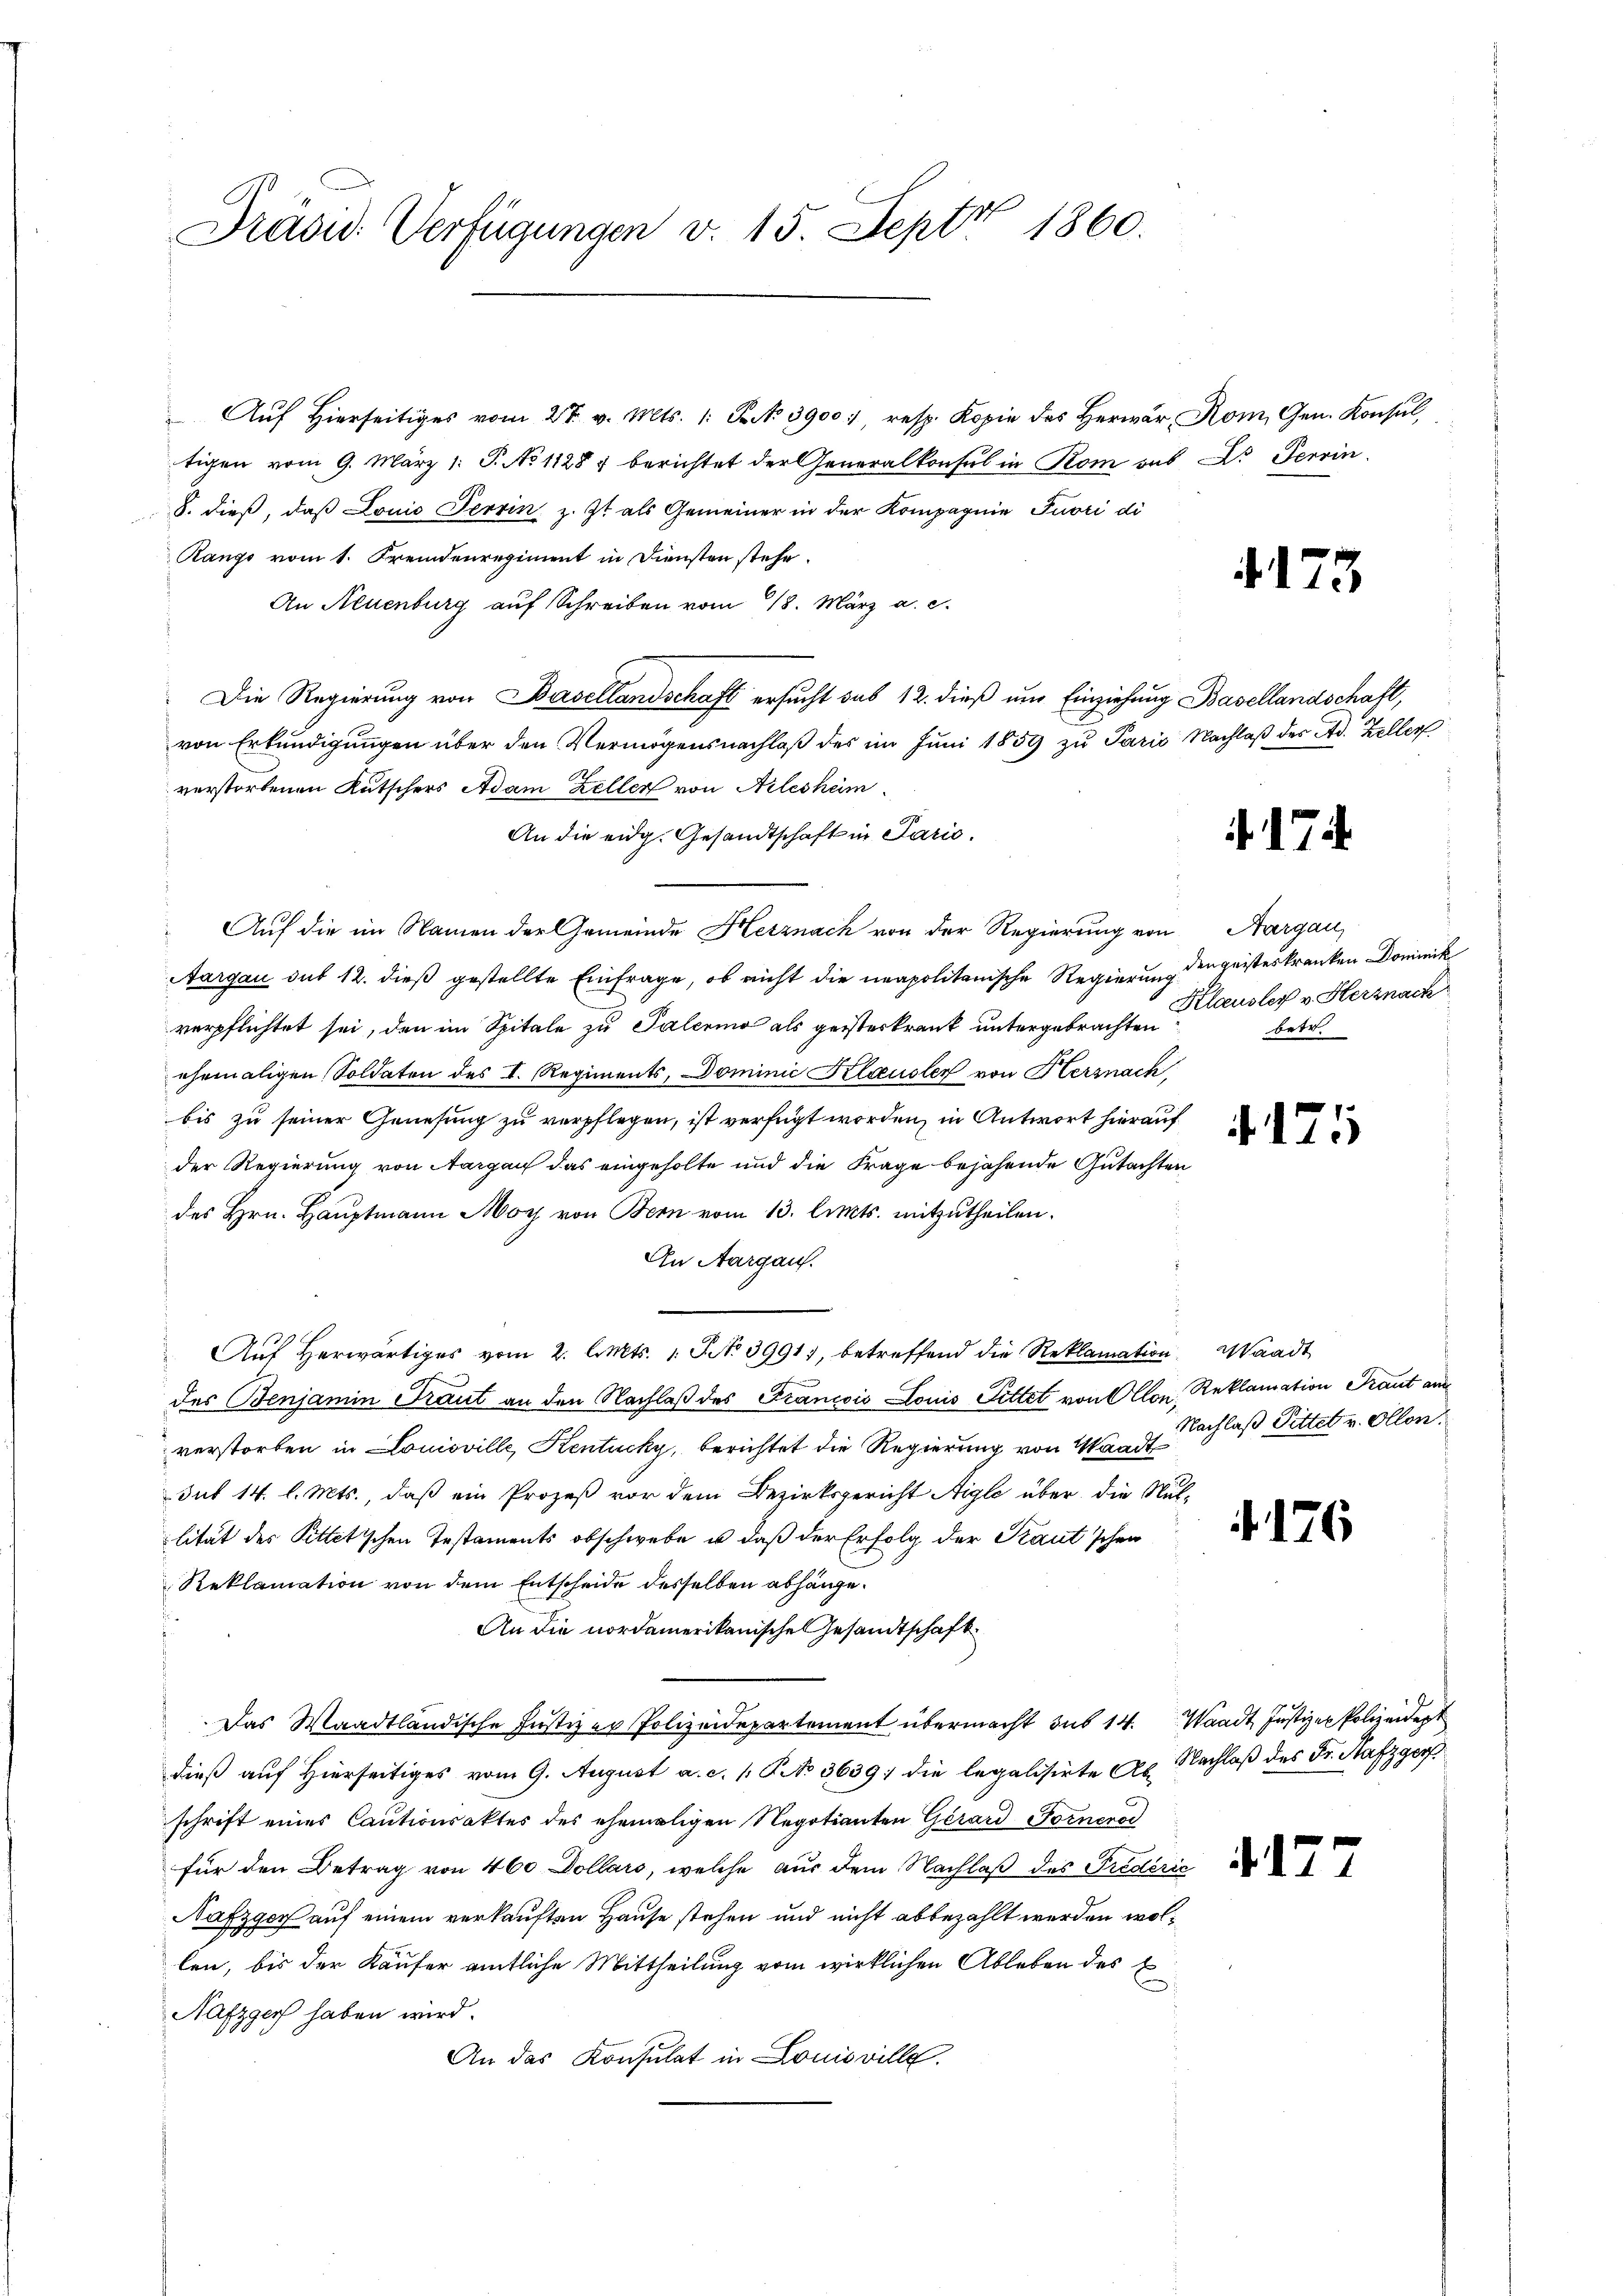
Präsid. Verfügungen v. 15. Sept 1860.

" Aŭf Hierseitiges vom 27. v. Mts. 1. B. No 3900. resp. Kopie des Herwar Rom. Gen. Konsŭl
tigen vom 9. März 1. P. No 11284 berichtet der Generalkonsul in Rom aus Dr Terrin
S. dieß, daß Louis Terrin z. Zt. als Gemeiner in der Kompagnie Tuori di
Rango vom 1. Fremdenregiment in Diensten stehe.
An Neuenburg auf Schreiben vom 18. März a. c.
Die Regierung von Basellandschaft ersucht sub 12. dieß und Einziehung Basellandschaft,
von Erkundigungen über den Vermögensnachlaß des im Juni 1859 zu Paris Nachlaß des Ad. Keller
verstorbenen Kutschers Adam Zeller von Nileshem
An die eidg. Gesandtschaft in Paris.
Auf die im Namen der Gemeinde Hetznach von der Regierung von
s
Aargau sub 12. dieß gestellte Einfrage, ob nicht die neapolitanische Regierung den geisteskranken Dominik
verpflichtet sei, den im Spitale zu Palerino als geisteskrank untergebrachten
ehemaligen Soldaten des I. Regiments, Dominie Klausler von Herznach
bis zu seiner Genesung zu verpflegen, ist verfügt worden, in Antwort hierauf
der Regierung von Aargau das eingeholte und die Frage bejahende Gutachten
des Hrn. Hauptmann Morz von Bern vom 13. lits. mitzutheilen.
An Aargau.
e
Auf herwärtiges vom 2. Cts. 1 S. 3991, betreffend die Reklamation Waadt
¬
des Benjamin Traut an den Nachlaß des Francois Louis Fittet von Allon, Reklamation Traut an
verstorben in Louisville, Kentucky, berichtet die Regierung von Waadt
Sut 14. l. Mts., daß ein Prozeß vor dem Bezirksgericht Aigle über die Nul-
lität des Pittetischen Testaments obschwebe u. daß der Erfolg der Staut schen
Reklamation von dem Entscheide desselben abhänge.
An die nordamerikanische Gesandtschaft
Das Waadtländische Justiz er Polizeidepartement übermacht sub 14. Waadt Justizen Polizeident
dieß auf Hierseitiges vom 9. August a. c. 1. P. No 3639 die legalisirte des Nachlaß des Fr. Hafzgerf
schrift eines Cautionsaktes des ehemaligen Negotianten Girard Forneros
für den Betrag von 460 Dollars, welche aus dem Nachlaß des Predérić
Nafzger auf einem verkauften Hause stehen und nicht abbezahlt werden wollen, bis der Käufer amtliche Mittheilung vom wirklichen Ableben des E
Nafzger haben wird.
An das Konsulat in Louisville.

4173

. 174.

Aargau,
Klausler v. Herznach
betr.

4175

Nachlaß Pittet v. Ollon.

. 176

.